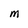
Character: M